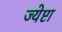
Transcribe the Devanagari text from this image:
ज्येष्टा